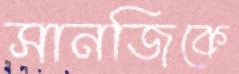
সানজিকে